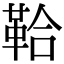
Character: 鞈